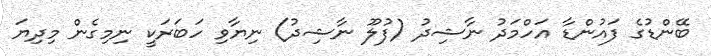
ބޭންޑުގެ ފައުންޑާ އަހްމަދު ނާޝިދު (ފުލޫ ނާޝިދު) ނިޔާވި ހަބަރަކީ ނިމިގެން މިދިޔަ